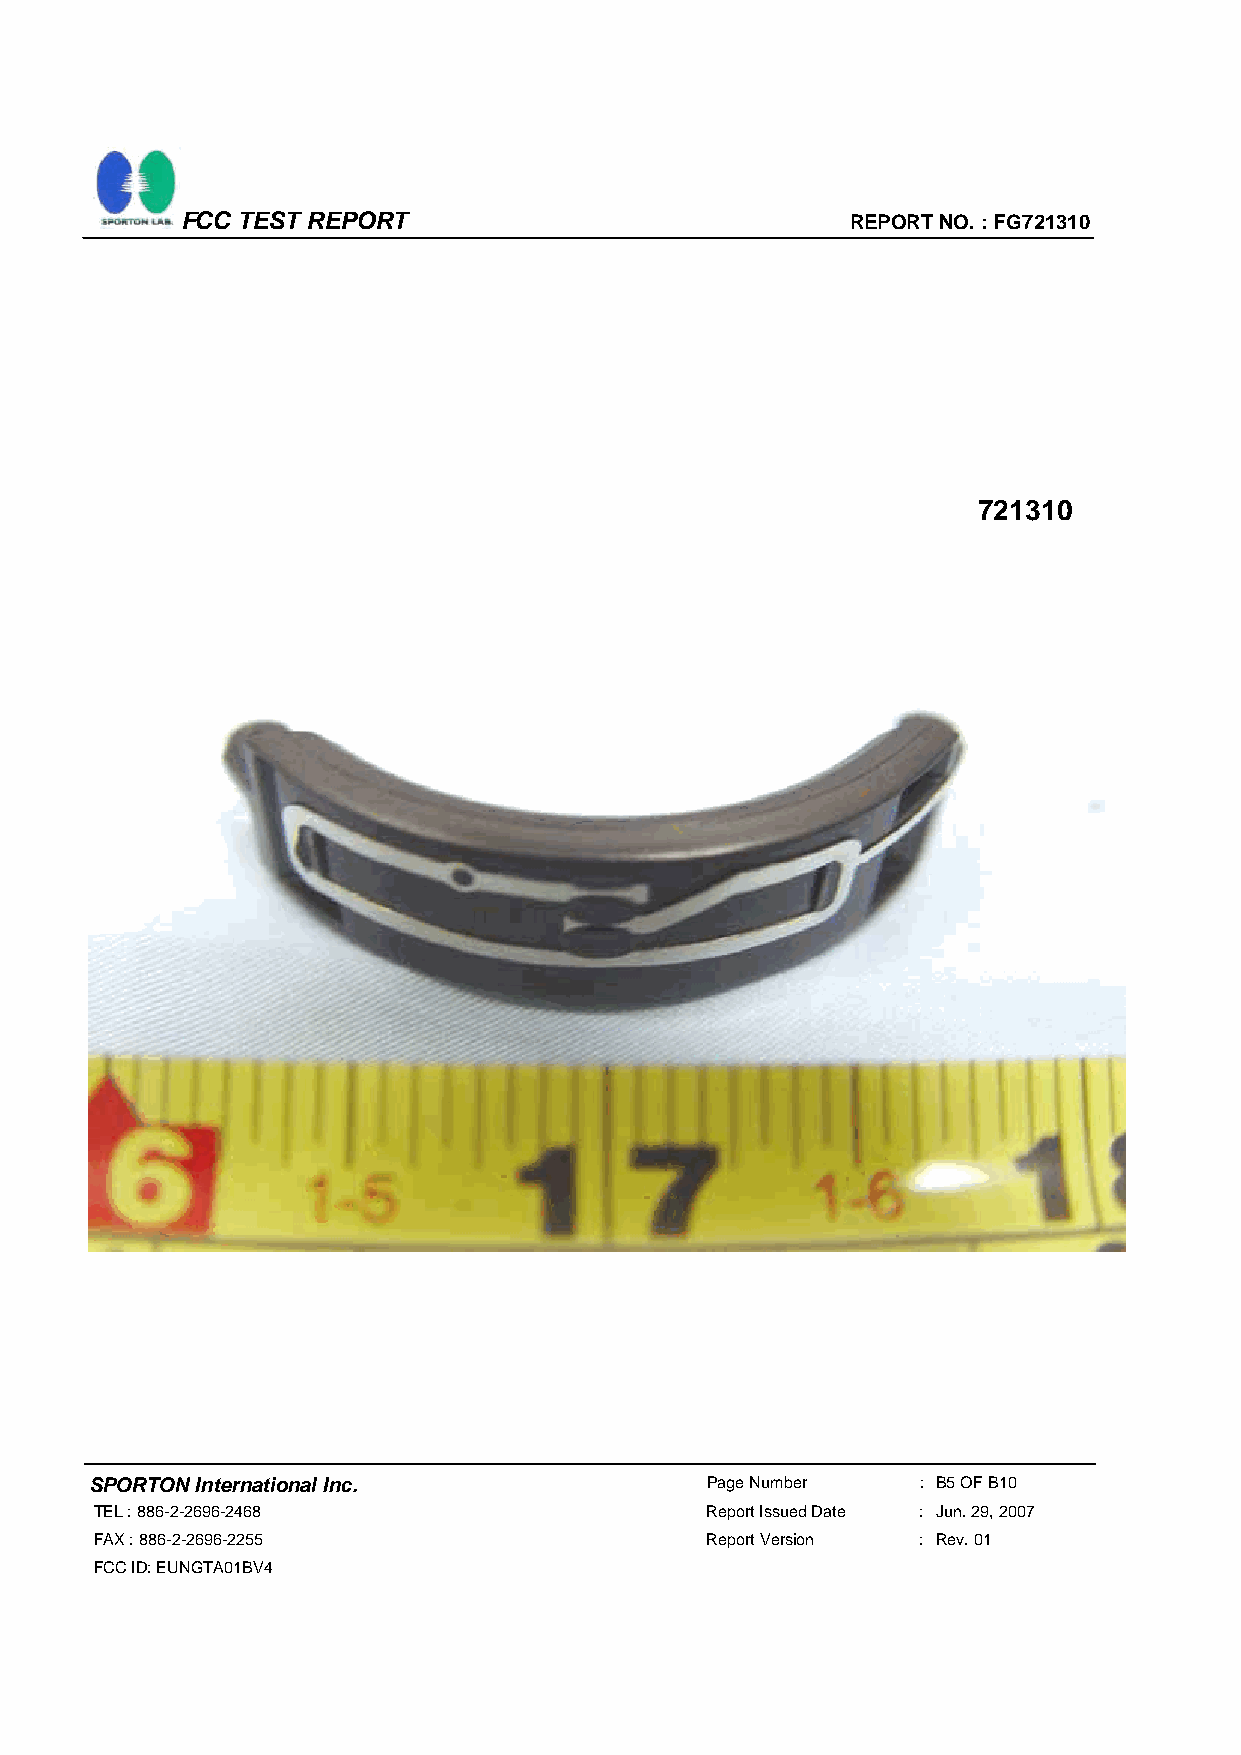
FCC TEST REPORT                             REPORT NO. : FG721310
 721310
 SPORTON International Inc.               Page Number   : B5 OF B10
 TEL : 886-2-2696-2468                    Report Issued Date : Jun. 29, 2007
 FAX : 886-2-2696-2255                    Report Version : Rev. 01
 FCC ID: EUNGTA01BV4